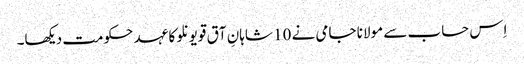
اِس حساب سے مولانا جامی نے 10 شاہانِ آق قویونلو کا عہد حکومت دیکھا۔